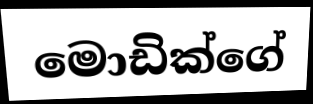
මොඩික්ගේ